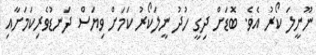
ނޫނީލަ ކޯރު އެވެ. ބޮޑަށް ދިގީ ހުދު ނީލަކޯރު ކަމަށް ވިޔަސް ދަނޑުވެރިކަމަށާއި